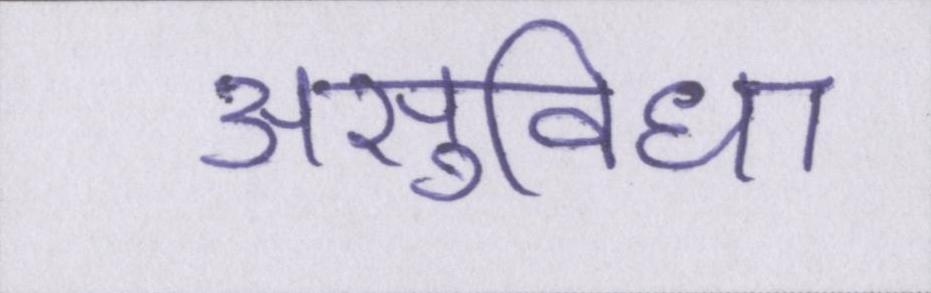
असुविधा